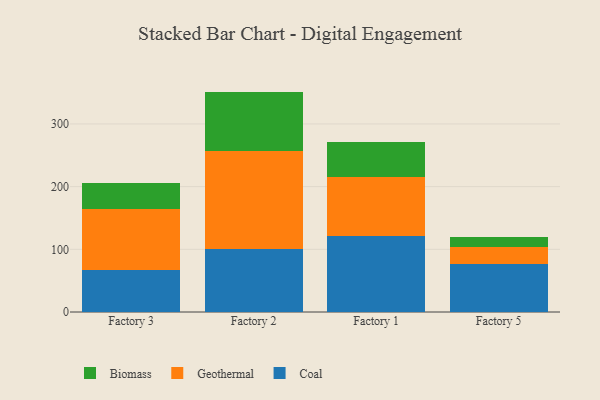
{"axis": {"x": "Factory", "y": "Gross Profit (USD K)"}, "legend": ["Biomass", "Coal", "Geothermal"], "data": [{"x": "Factory 3", "y": 67.6, "type": "Coal"}, {"x": "Factory 3", "y": 96.2, "type": "Geothermal"}, {"x": "Factory 3", "y": 41.4, "type": "Biomass"}, {"x": "Factory 2", "y": 100.8, "type": "Coal"}, {"x": "Factory 2", "y": 155.3, "type": "Geothermal"}, {"x": "Factory 2", "y": 95.5, "type": "Biomass"}, {"x": "Factory 1", "y": 121.6, "type": "Coal"}, {"x": "Factory 1", "y": 94.3, "type": "Geothermal"}, {"x": "Factory 1", "y": 54.7, "type": "Biomass"}, {"x": "Factory 5", "y": 76.6, "type": "Coal"}, {"x": "Factory 5", "y": 27.0, "type": "Geothermal"}, {"x": "Factory 5", "y": 16.7, "type": "Biomass"}]}